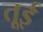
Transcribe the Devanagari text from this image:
तूई